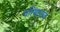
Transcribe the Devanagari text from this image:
परिणपावं